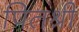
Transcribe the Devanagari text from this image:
पितश्री